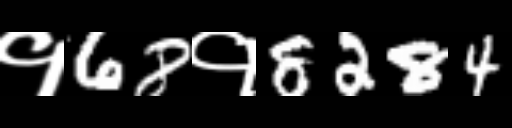
Text: १68१8284